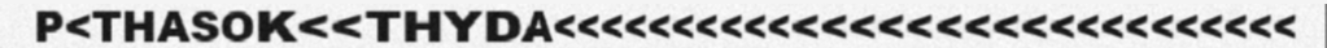
P<THASOK<<THYDA<<<<<<<<<<<<<<<<<<<<<<<<<<<<<